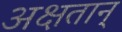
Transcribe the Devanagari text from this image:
अक्षतान्